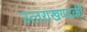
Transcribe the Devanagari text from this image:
उत्‍तराखण्‍डकी